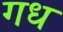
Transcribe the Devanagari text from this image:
गध